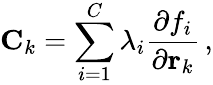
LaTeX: \mathbf{C}_{k}=\sum_{i=1}^{C}\lambda_{i}{\frac{\partial f_{i}}{\partial\mathbf{r}_{k}}}\, ,